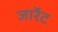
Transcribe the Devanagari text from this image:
जार्रेट